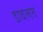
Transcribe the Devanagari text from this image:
डावलत